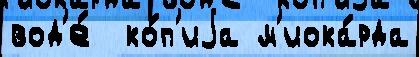
вод'е́  ко́п'иjа м'иока́рда